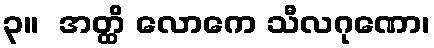
၃။  အတ္ထိ လောကေ သီလဂုဏော၊